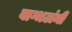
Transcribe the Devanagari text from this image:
वाग्भटांनी